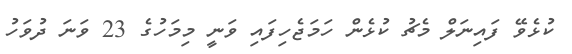
ކުޅެވޭ ފައިނަލް މެޗު ކުޅެން ހަމަޖެހިފައި ވަނީ މިމަހުގެ 23 ވަނަ ދުވަހު